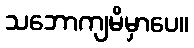
သဘောကျမိမှာပေ။